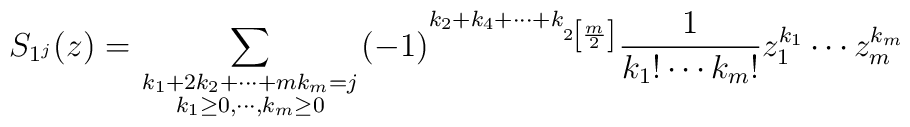
S_{1^j}(z)=\sum_{{\scriptstyle k_1+2k_2+ \cdots +mk_m=j}\atop                    {\scriptstyle k_1 \geq 0,\cdots ,k_m \geq 0}}              (-1)^{k_2+k_4+ \cdots +k_{2 \left[\frac m 2\right]}}               \frac1 {k_1! \cdots k_m!} z_1^{k_1} \cdots z_m^{k_m}